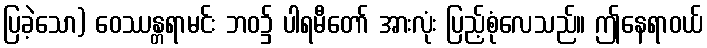
ပြခဲ့သော) ဝေဿန္တရာမင်း ဘဝ၌ ပါရမီတော် အားလုံး ပြည့်စုံလေသည်။ ဤနေရာဝယ်